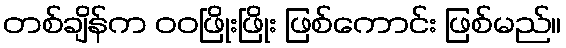
တစ်ချိန်က ဝဝဖြိုးဖြိုး ဖြစ်ကောင်း ဖြစ်မည်။